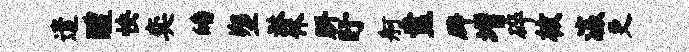
遣醴怏奕皤塑淋休胼盱舸盍辟增碎核瀛更